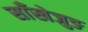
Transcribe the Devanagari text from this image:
साँखेजुङ